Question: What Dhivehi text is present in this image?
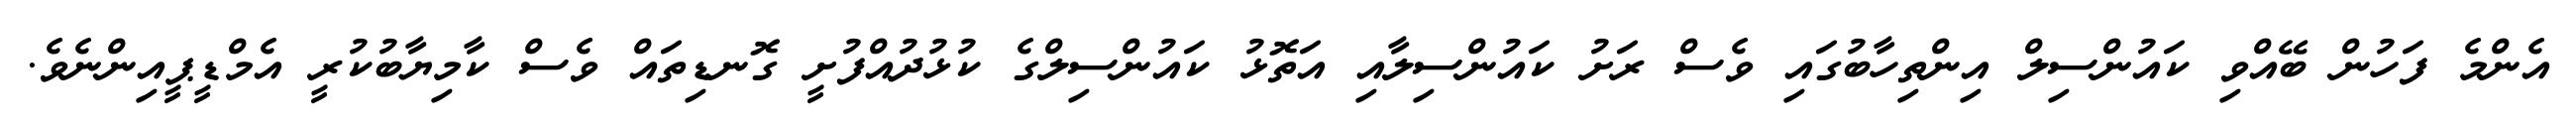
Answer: އެންމެ ފަހުން ބޭއްވި ކައުންސިލް އިންތިހާބުގައި ވެސް ރަށު ކައުންސިލާއި އަތޮޅު ކައުންސިލްގެ ކުޅުދުއްފުށީ ގޮނޑިތައް ވެސް ކާމިޔާބުކުރީ އެމްޑީޕީއިންނެވެ.